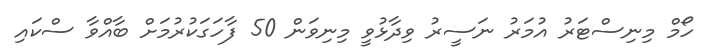
ހޯމް މިނިސްޓަރު އުމަރު ނަސީރު ވިދާޅުވީ މިނިވަން 50 ފާހަގަކުރުމަށް ބާއްވާ ސްކައި